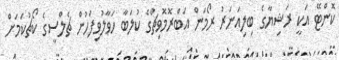
ކޮންޓޭ އަކީ ރަޝިޔާގެ ބިލިއަނަރު ރޯމަން އަބްރޮމޮވިޗްގެ ކުލަބާ ހަވާލުވިފަހުން ޗެލްސީގެ ކޯޗުކަމަށް